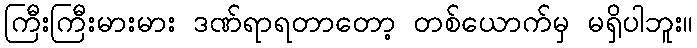
ကြီးကြီးမားမား ဒဏ်ရာရတာတော့ တစ်ယောက်မှ မရှိပါဘူး။